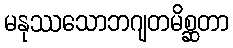
မနုဿသောဘဂျတမိစ္ဆတာ